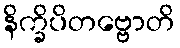
နိက္ခိပိတဗ္ဗောတိ